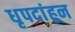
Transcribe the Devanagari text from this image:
धृपदांहून